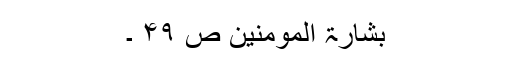
بشارۃ المومنین ص ۴۹ ۔